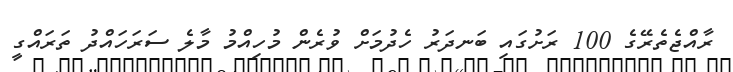
ރާއްޖެތެރޭގެ 100 ރަށުގައި ބަނދަރު ހެދުމަށް ވުރެން މުހިއްމު މާލެ ސަރަހައްދު ތަރައްގީ